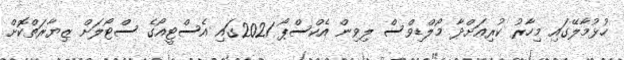
ހުޅުމާލޭގައި މިހާރު ކުރިއަށްދާ މޯލްޑިވްސް ލިވިން އެކްސްޕޯ 2021ގައި އެސްޓީއޯގެ ސްޓޯލަށް ޒިޔާރަތްކޮށް